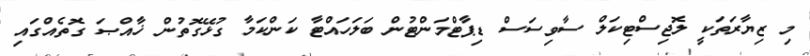
މި ޒިޔާރަތަކީ ލޮޖިސްޓިކަލް ސާވިސަސް ޑިޕާޓްމަންޓުން ބަލަހައްޓާ ކަންކަމާ ގުޅޭގޮތުން ޚާއްޞަ ގޮތެއްގައި